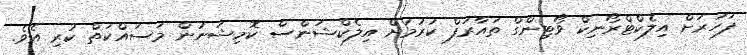
ފަހަރަށް އިލެކްޓްރޯނިކް ވޯޓިންގް ތައާރަފް ކުރުމަށް އިލެކްޝަންސް ކޮމިޝަނުން މަސައްކަތް ކުރި އެވެ.